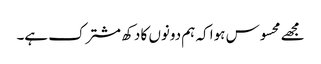
مجھے محسوس ہوا کہ ہم دونوں کا دکھ مشترک ہے۔